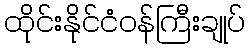
ထိုင်းနိုင်ငံဝန်ကြီးချုပ်